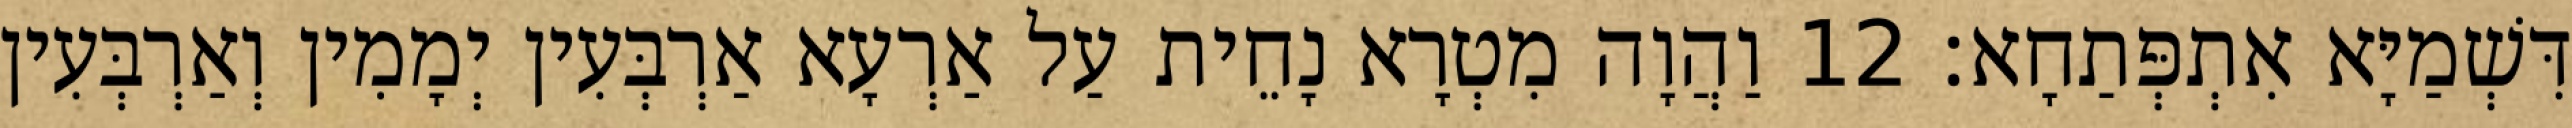
דִּשְׁמַיָּא אִתְפְּתַחָא׃ 12 וַהֲוָה מִטְרָא נָחֵית עַל אַרְעָא אַרְבְּעִין יְמָמִין וְאַרְבְּעִין